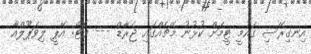
އިނގިރޭސި ގައުމީ ޓީމަށް ކުޅުނު މެޗެއްގައި ޖެރާޑް --- ފޮޓޯ: އޭޕީ ލިވަޕޫލްއާ